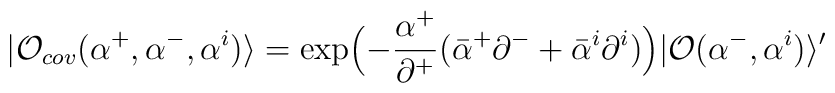
|{\cal O}_{cov}(\alpha^+,\alpha^-,\alpha^i)\rangle=\exp\Bigl(-\frac{\alpha^+}{\partial^+}(\bar{\alpha}^+\partial^-+\bar{\alpha}^i\partial^i)\Bigr)|{\cal O}(\alpha^-,\alpha^i)\rangle^\prime